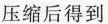
压缩后得到